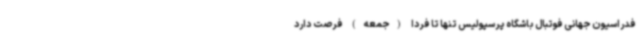
فدراسیون جهانی فوتبال باشگاه پرسپولیس تنها تا فردا (جمعه) فرصت دارد